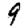
Digit: 9